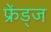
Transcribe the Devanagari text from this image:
फ्रेंड्ज